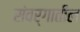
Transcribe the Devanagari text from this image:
संवर्गातील